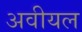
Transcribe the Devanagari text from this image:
अवीयल